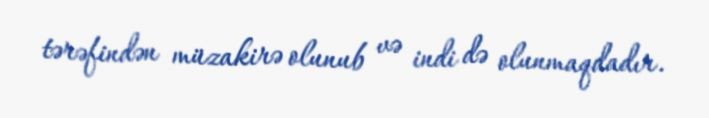
tərəfindən müzakirə olunub və indi də olunmaqdadır.